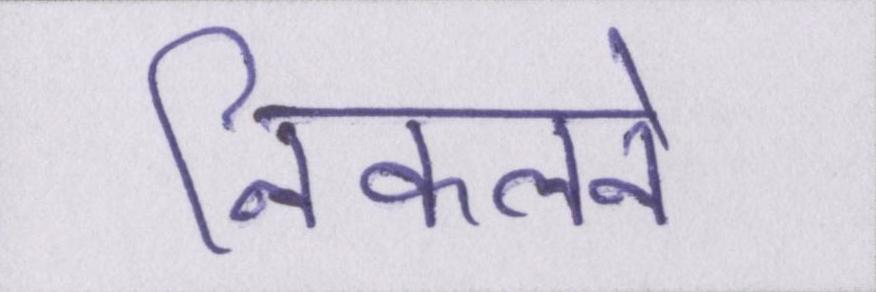
निकलने